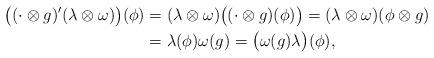
LaTeX: \begin{align*}\big( (\cdot \otimes g)^{\prime} (\lambda \otimes \omega) \big) (\phi) &= (\lambda \otimes \omega) \big( (\cdot \otimes g) (\phi) \big)= (\lambda \otimes \omega) (\phi \otimes g) \\&=\lambda (\phi) \omega (g) =\big( \omega (g) \lambda \big) (\phi), \end{align*}